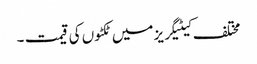
مختلف کیٹیگریز میں ٹکٹوں کی قیمت ۔